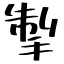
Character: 掣